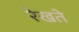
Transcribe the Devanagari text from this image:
रेखते